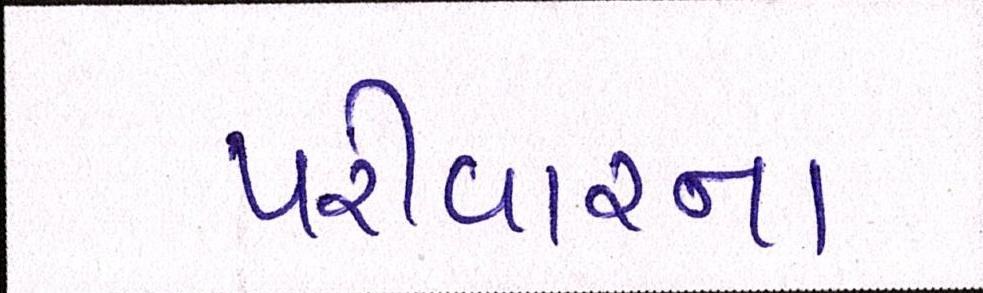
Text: પરીવારના